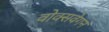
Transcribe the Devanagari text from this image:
वोक्सवेगन